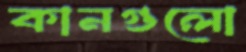
কানগুলো